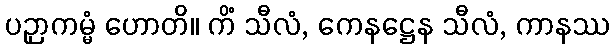
ပဉှာကမ္မံ ဟောတိ။ ကိံ သီလံ, ကေနဋ္ဌေန သီလံ, ကာနဿ